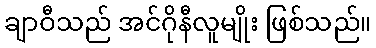
ချာဝီသည် အင်ဂိုနီလူမျိုး ဖြစ်သည်။